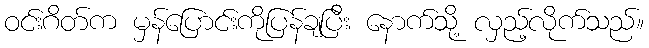
ဝင်းဂိတ်က မှန်ပြောင်းကိုပြန်ချပြီး နောက်သို့ လှည့်လိုက်သည်။